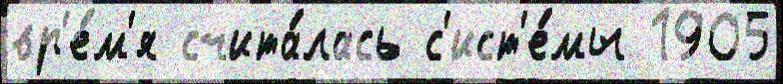
вр'е́м'я счита́лась с'ист'е́мы 1905